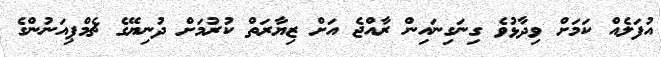
އުފަލެއް ކަމަށް ވިދާޅުވެ ގިނަގިނައިން ރާއްޖެ އަށް ޒިޔާރަތް ކުރުމަށް ދުނިޔޭގެ ޗެމްޕިއަނުންގެ